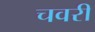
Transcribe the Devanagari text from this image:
चवरी